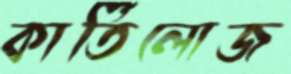
কার্তিলোজ